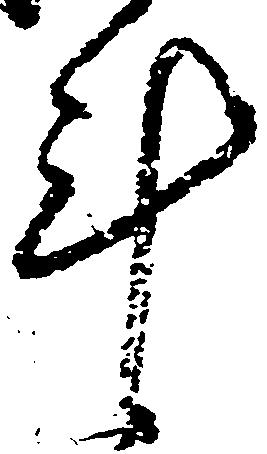
計